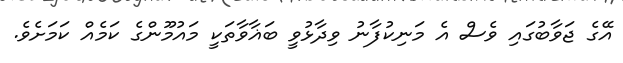
އޭގެ ޖަވާބުގައި ވެސް އެ މަނިކުފާނު ވިދާޅުވީ ބަޣާވާތަކީ މައުމޫންގެ ކަމެއް ކަމަށެވެ.